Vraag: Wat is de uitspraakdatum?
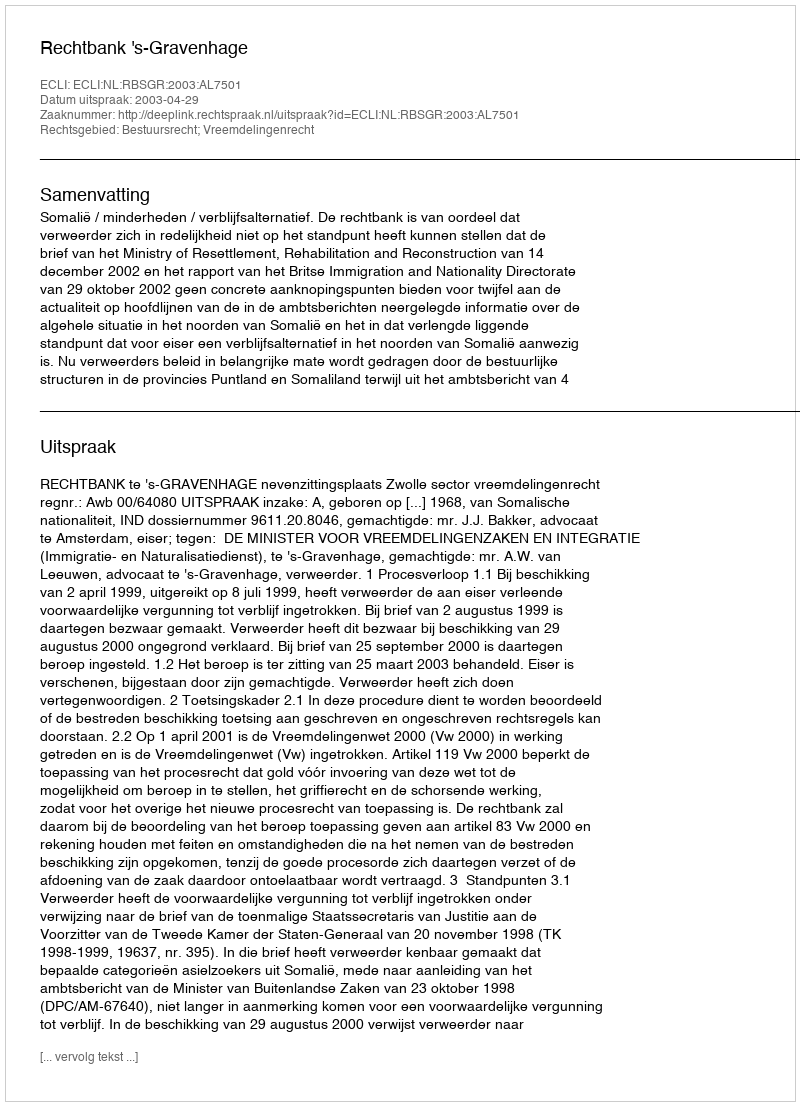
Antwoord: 2003-04-29